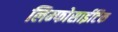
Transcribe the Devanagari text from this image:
लिम्फोसाईटिक